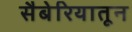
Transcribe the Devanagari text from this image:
सैबेरियातून